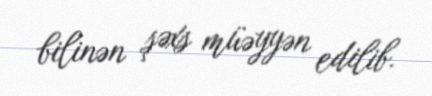
bilinən şəxs müəyyən edilib.